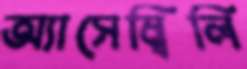
অ্যাসেম্বিলি